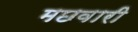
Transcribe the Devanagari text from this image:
मछवारी